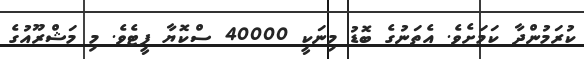
ކުރަމުންދާ ކަމަށެވެ. އެތަނުގެ ބޮޑު މިނަކީ 40000 ސްކޮޔާ ފީޓެވެ. މި މަޝްރޫއުގެ